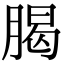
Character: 𦝲